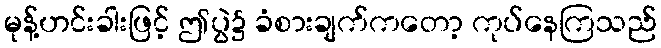
မုန့်ဟင်းခါးဖြင့် ဤပွဲ၌ ခံစားချက်ကတော့ ကုပ်နေကြသည်